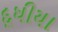
દૂધીયા